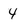
Character: 4